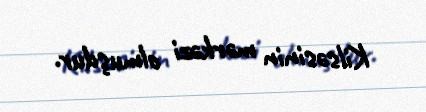
Kilsəsinin mərkəzi olmuşdur.